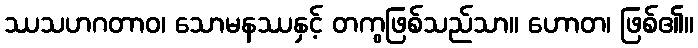
ဿသဟဂတာဝ၊ သောမနဿနှင့် တကွဖြစ်သည်သာ။ ဟောတ၊ ဖြစ်၏။